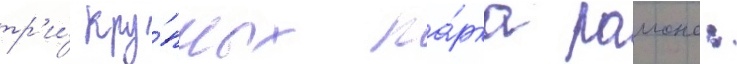
тр'и́ кру́пных па́рка раиона: